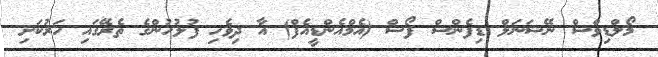
މޯލްޑިވްސް ނޭޝަނަލް ޑިފެންސް ފޯސް (އެމްއެންޑީއެފް) އާ ދިވެހި ފުލުހުންގެ ތެރޭގައި ހަރުކަށި